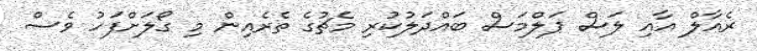
ރެއާލް އާއި ލަސް ޕަލްމަސް ބައްދަލުކުރި މެޗުގެ ތެރެއިން މި ގޯލަށްފަހު ވެސް